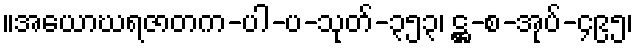
။အယောဃရဇာတက-ပါ-ပ-သုတ်-၃၅၃၊ ဋ္ဌ-စ-အုပ်-၄၉၅၊